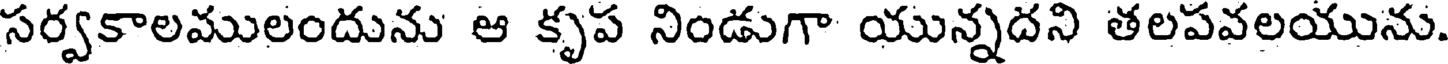
సర్వకాలములందును ఆ కృప నిండుగా యున్నదని తలపవలయును.